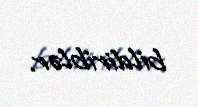
bildiriblər.